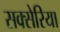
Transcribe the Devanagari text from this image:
सक्सेरिया